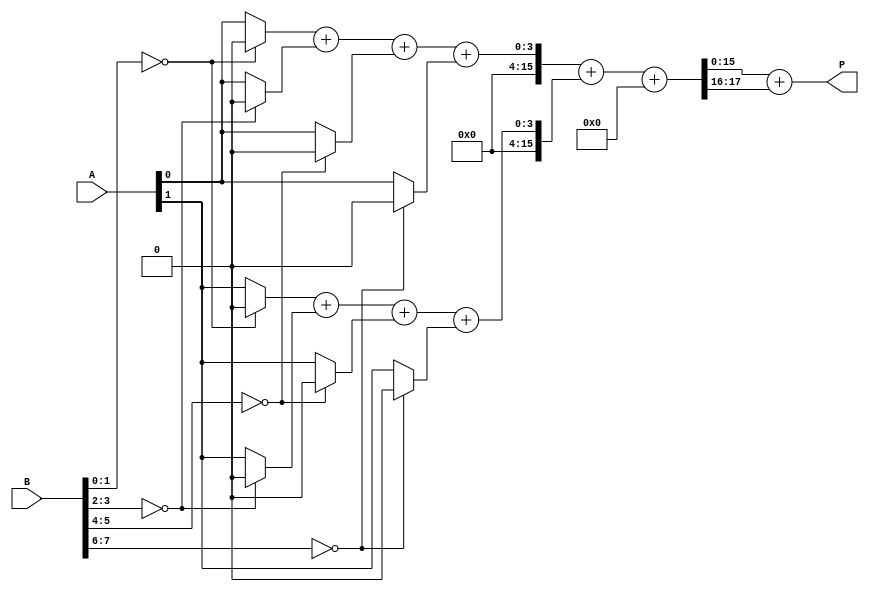
module radix4_wallace_multiplier #(parameter N = 8) (
    input [N-1:0] A,
    input [N-1:0] B,
    output [2*N-1:0] P
);

    // Partial product generation
    wire [N-1:0] pp [0:3]; // Partial products for 2 bits of B
    genvar i;
    generate
        for (i = 0; i < N; i = i + 1) begin : pp_gen
            assign pp[0][i] = (B[1:0] == 2'b00) ? 1'b0 : (B[1:0] == 2'b01) ? A[i] : 
                              (B[1:0] == 2'b10) ? {1'b0, A[i]} : {2'b0, A[i]};
            assign pp[1][i] = (B[3:2] == 2'b00) ? 1'b0 : (B[3:2] == 2'b01) ? A[i] : 
                              (B[3:2] == 2'b10) ? {1'b0, A[i]} : {2'b0, A[i]};
            assign pp[2][i] = (B[5:4] == 2'b00) ? 1'b0 : (B[5:4] == 2'b01) ? A[i] : 
                              (B[5:4] == 2'b10) ? {1'b0, A[i]} : {2'b0, A[i]};
            assign pp[3][i] = (B[7:6] == 2'b00) ? 1'b0 : (B[7:6] == 2'b01) ? A[i] : 
                              (B[7:6] == 2'b10) ? {1'b0, A[i]} : {2'b0, A[i]};
        end
    endgenerate

    // Wallace tree reduction
    wire [2*N-1:0] sum [0:N-1];
    wire [2*N-1:0] carry [0:N-1];

    // Stage 1: Combine partial products
    for (i = 0; i < N; i = i + 1) begin : stage1
        // Half adders and full adders to combine partial products
        // Example for combining three bits
        if (i < N-1) begin
            assign {carry[i], sum[i]} = pp[0][i] + pp[1][i] + pp[2][i] + pp[3][i];
        end else begin
            assign sum[i] = pp[0][i] + pp[1][i] + pp[2][i] + pp[3][i];
            assign carry[i] = 0;
        end
    end

    // Stage 2: Further reduction
    wire [2*N-1:0] final_sum;
    wire [2*N-1:0] final_carry;

    assign {final_carry, final_sum} = sum[0] + sum[1] + carry[0];

    // Final addition to get the product
    assign P = final_sum + final_carry;

endmodule